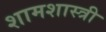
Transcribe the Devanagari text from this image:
शामशास्त्री